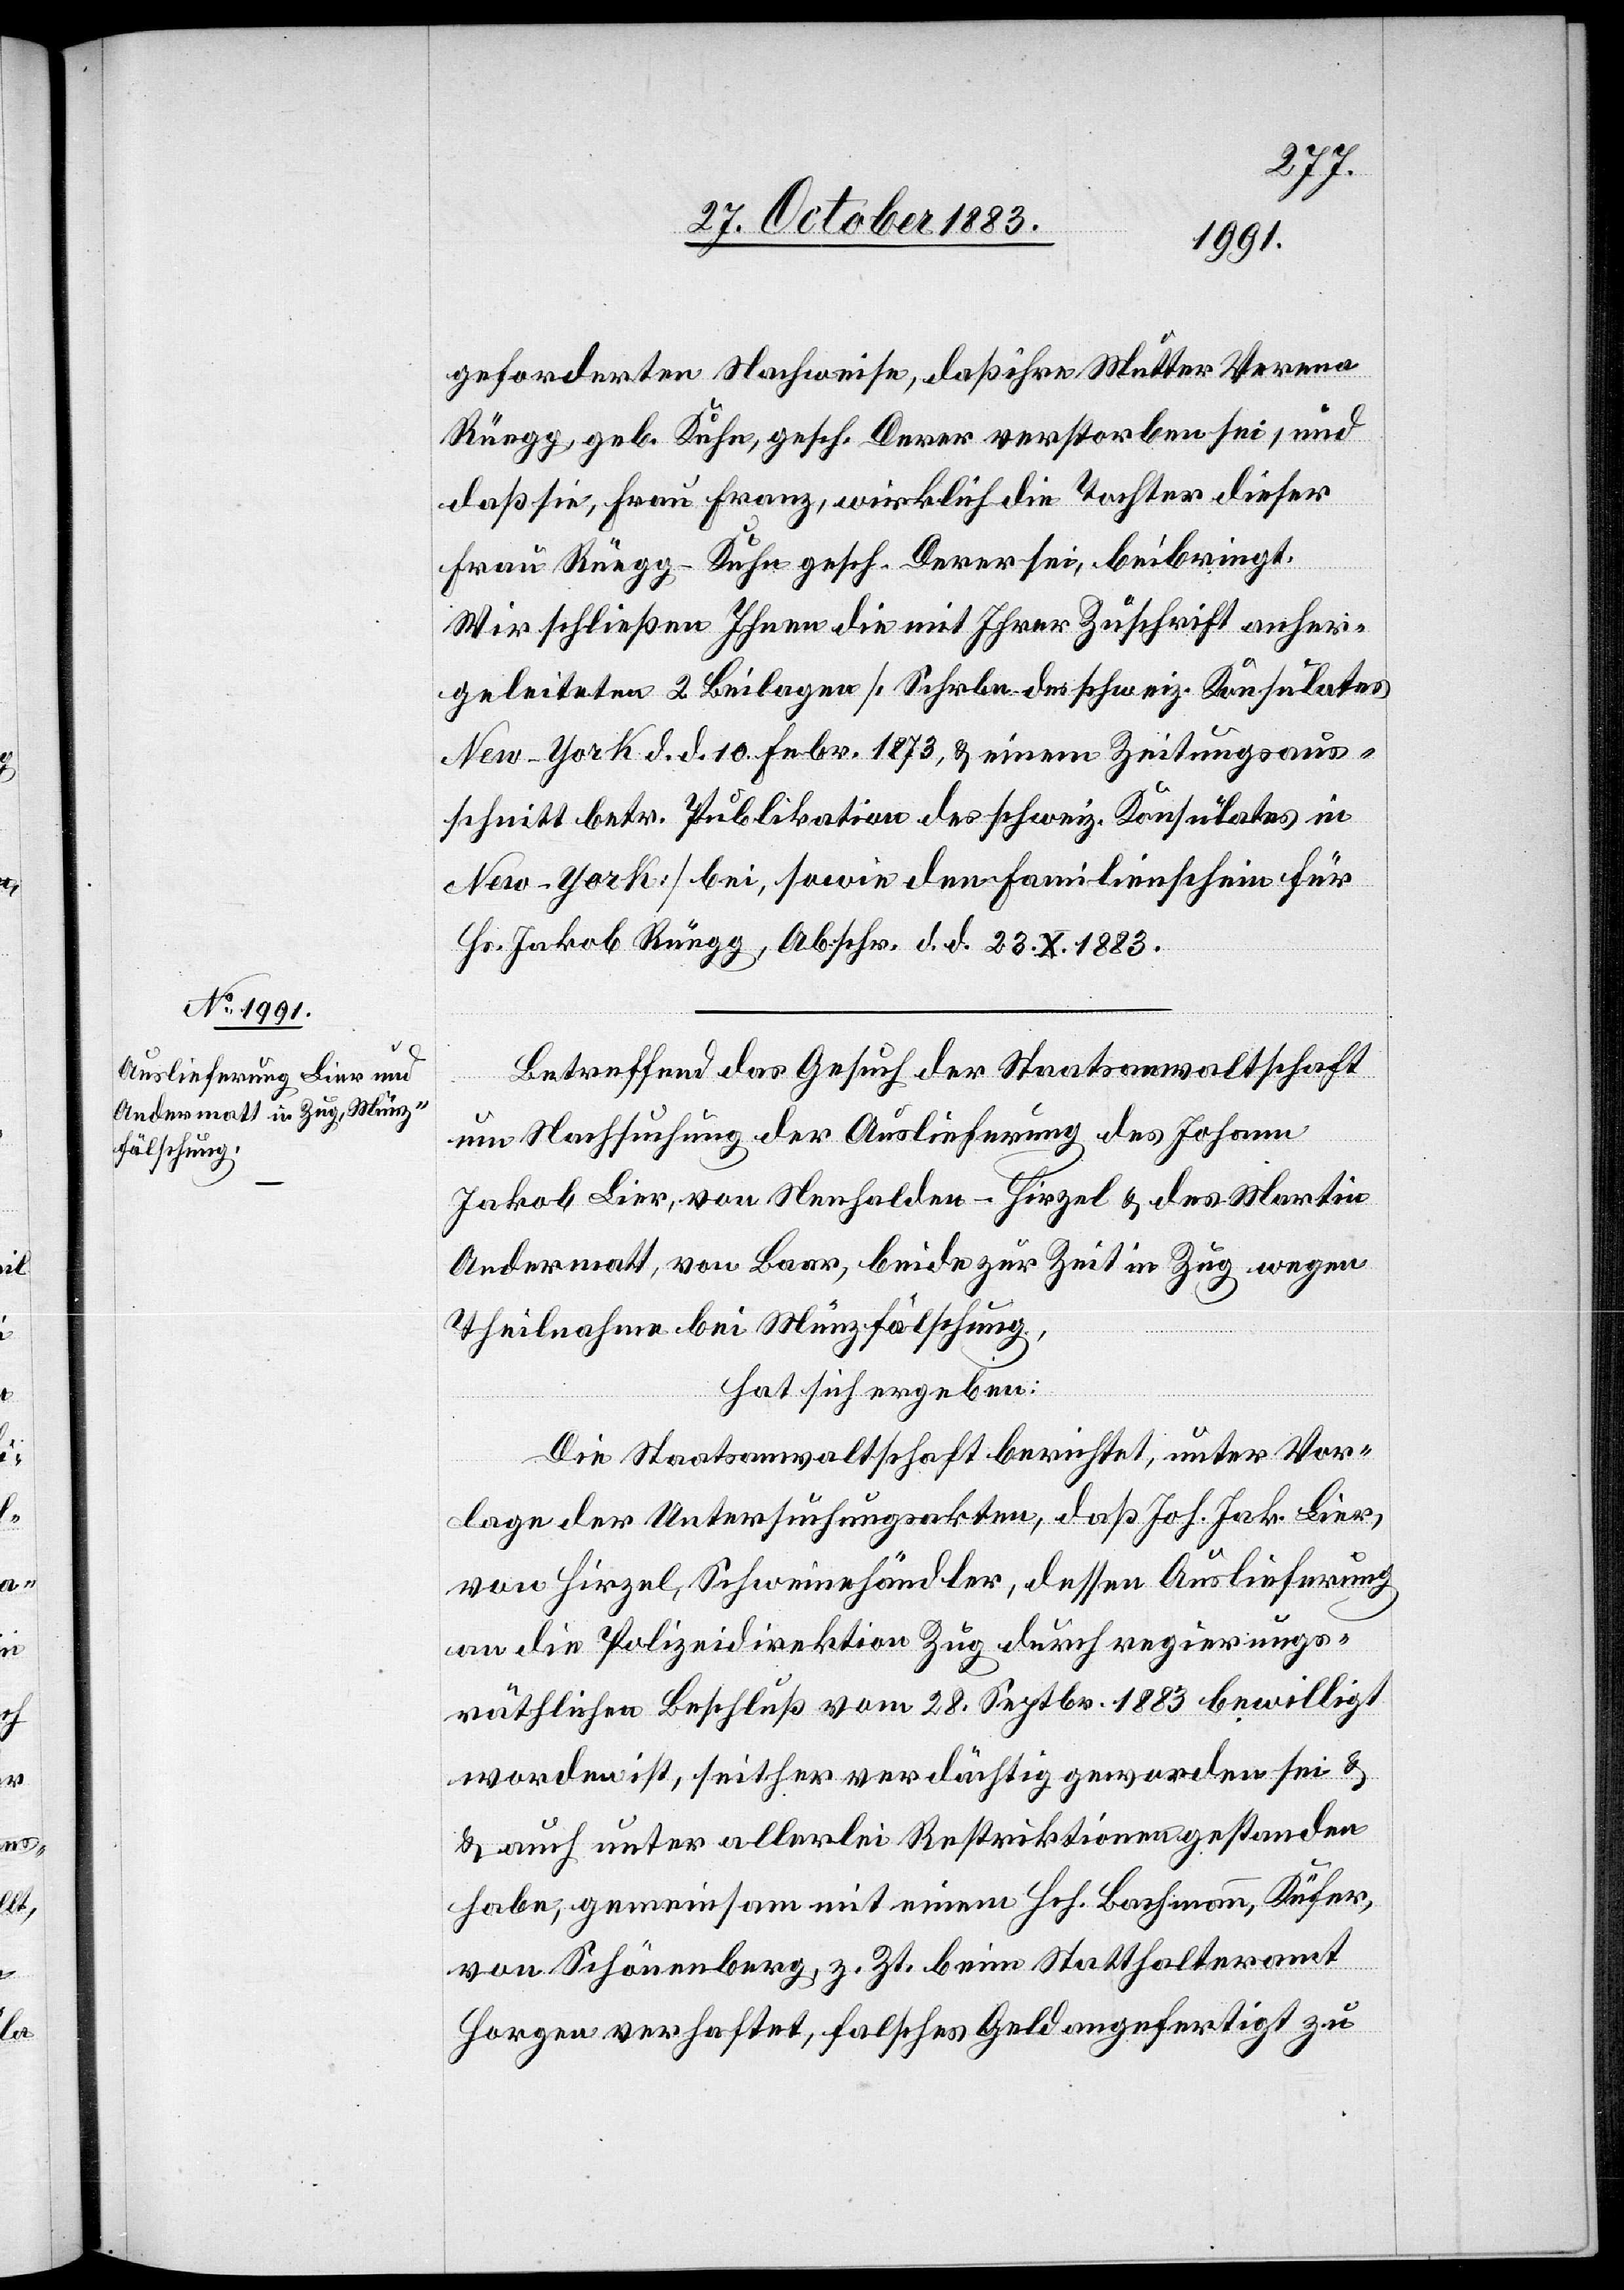
geforderten Nachweise, daß ihre Mutter Verena
Rüegg, geb. Kuhn, gesch. Derer gerstorben sei, und
daß sie, Frau Franz, wirklich die Tochter dieser
Frau Rüegg-Kuhn gesch. Derer sei, beibringt.
Wir schließen Ihnen die mit Ihrer Zuschrift anher¬
geleiteten 2 Beilagen [Schrbn. des schweiz. Konsulates
New-York d. d. 10 Febr. 1873, & einem Zeitungsaus¬
schnitt betr. Publikation des schweiz. Konsulates in
New-York] bei, sowie den Familienschein für
Hs. Jakob Rüegg, Abschr. d. d. 23. X. 1883.
Betreffend das Gesuch der Staatsanwaltschaft
um Nachsuchung der Auslieferung des Johann
Jakob Lier, von Nenhalden [recte: Neuhalden]
Andermatt, von Baar, beide zur Zeit in Zug wegen
Theilnahme bei Münzfälschung,
hat sich ergeben:
Die Staatsanwaltschaft berichtet, unter Vor¬
lage der Untersuchungsakten, daß Joh. Jak. Lier,
von Hirzel, Schweinehändler, dessen Auslieferung
an die Polizeidirektion Zug durch regierungs¬
räthlichen Beschluß vom 28. Septbr. 1883 bewilligt
worden ist, seither verdächtig geworden sei &
auch unter allerlei Restriktionen gestanden
habe, gemeinsam mit einem Hch. Bachmann, Küfer,
von Schönenberg, z. Zt. beim Statthalteramt
Horgen verhaftet, falsches Geld gefertigt zu